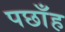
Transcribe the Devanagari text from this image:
पछाँह